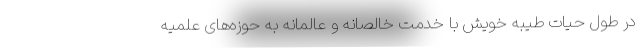
در طول حیات طیبه خویش با خدمت خالصانه و عالمانه به حوزه‌های علمیه